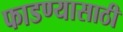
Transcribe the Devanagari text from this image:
फाडण्यासाठी